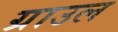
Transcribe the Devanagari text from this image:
ग्राउल